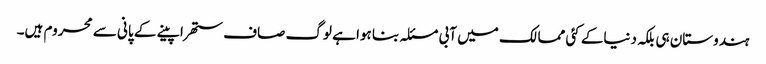
ہندوستان ہی بلکہ دنیاکے کئی ممالک میں آبی مسئلہ بنا ہوا ہے لوگ صاف ستھرا پینے کے پانی سے محروم ہیں۔